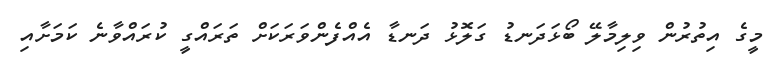
މީގެ އިތުރުން ވިލިމާލޭ ބޯޅަދަނޑު ގަލޮޅު ދަނޑާ އެއްފެންވަރަކަށް ތަރައްގީ ކުރައްވާނެ ކަމަށާއި